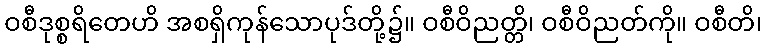
ဝစီဒုစ္စရိတေဟိ အစရှိကုန်သောပုဒ်တို့၌။ ဝစီဝိညတ္တိ၊ ဝစီဝိညတ်ကို။ ဝစီတိ၊